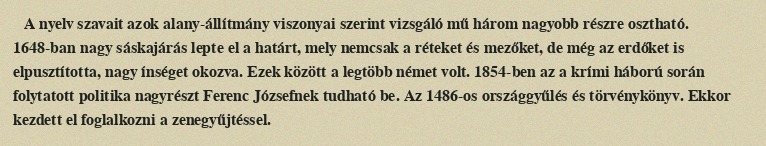
A nyelv szavait azok alany-állítmány viszonyai szerint vizsgáló mű három nagyobb részre osztható. 1648-ban nagy sáskajárás lepte el a határt, mely nemcsak a réteket és mezőket, de még az erdőket is elpusztította, nagy ínséget okozva. Ezek között a legtöbb német volt. 1854-ben az a krími háború során folytatott politika nagyrészt Ferenc Józsefnek tudható be. Az 1486-os országgyűlés és törvénykönyv. Ekkor kezdett el foglalkozni a zenegyűjtéssel.